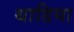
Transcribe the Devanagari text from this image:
थाडिया